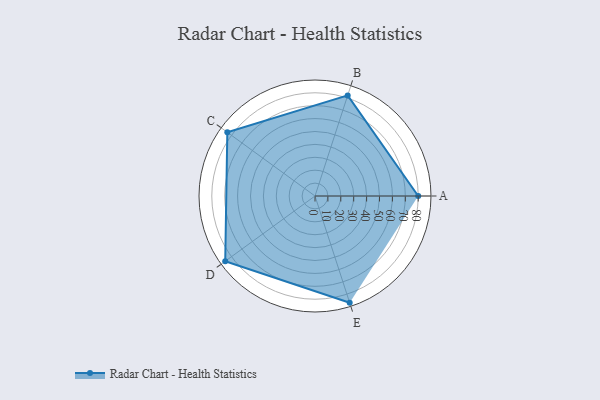
{"axis": {"x": "Skill", "y": "Score"}, "legend": ["Profile"], "data": [{"x": "A", "y": 80.0, "type": "Profile"}, {"x": "B", "y": 82.0, "type": "Profile"}, {"x": "C", "y": 84.0, "type": "Profile"}, {"x": "D", "y": 86.0, "type": "Profile"}, {"x": "E", "y": 87.0, "type": "Profile"}]}